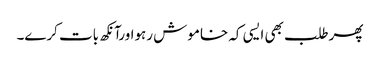
پھرطلب بھی ایسی کہ خاموش رہواورآنکھ بات کرے۔